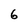
Character: 6